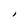
Character: I